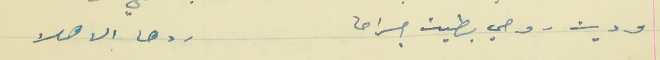
وديت روحي بطين جراها                                                     ردها الاهلا